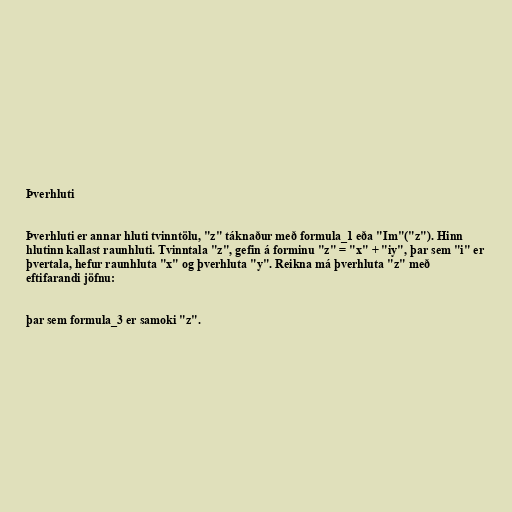
Þverhluti

Þverhluti er annar hluti tvinntölu, "z" táknaður með formula_1 eða "Im"("z"). Hinn
hlutinn kallast raunhluti. Tvinntala "z", gefin á forminu "z" = "x" + "iy", þar sem "i" er
þvertala, hefur raunhluta "x" og þverhluta "y". Reikna má þverhluta "z" með
eftifarandi jöfnu:

þar sem formula_3 er samoki "z".